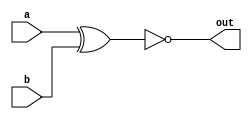
//XNOR Gate Design File
module XNOR(input a,b, output out);
  xnor G(out,a,b);
endmodule